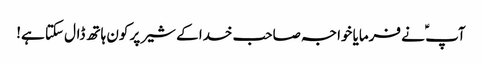
آپ ؑ نے فرمایا خواجہ صاحب خدا کے شیر پر کون ہاتھ ڈال سکتا ہے!